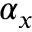
\alpha _ { x }